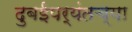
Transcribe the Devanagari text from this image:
दुबईपर्यंतच्या